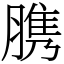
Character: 䐪